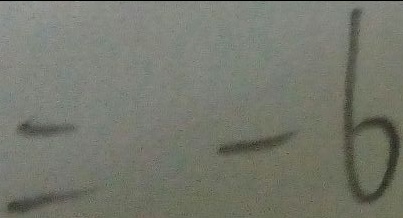
= - 6